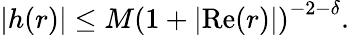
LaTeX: \vert h(r)\vert\leq M\left(1+\vert{\mathrm{Re}}(r)\vert\right)^{-2-\delta}.